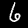
Digit: 6